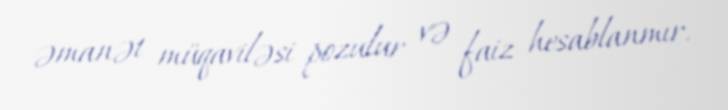
əmanət müqaviləsi pozulur və faiz hesablanmır.